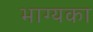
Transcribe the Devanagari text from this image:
भाग्यका